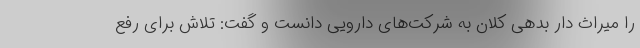
را میراث دار بدهی کلان به شرکت‌های دارویی دانست و گفت: تلاش برای رفع